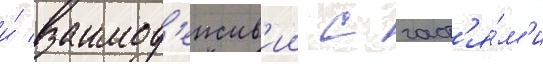
и́ взаимод'еиств'ии с част'я́м'и